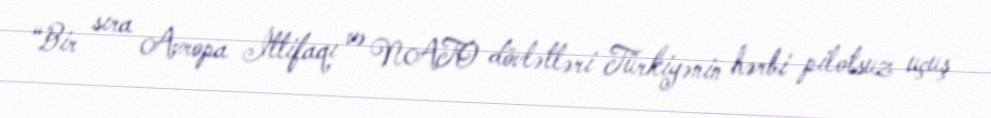
“Bir sıra Avropa İttifaqı və NATO dövlətləri Türkiyənin hərbi pilotsuz uçuş